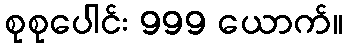
စုစုပေါင်း 999 ယောက်။